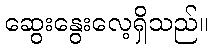
ဆွေးနွေးလေ့ရှိသည်။